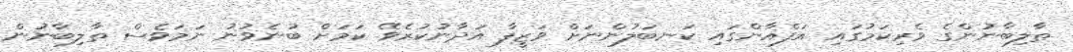
ތާލިބާނުންގެ ވެރިކަމުގައި އަފްޣާންގައި ކަނބަލުންނަށް ވަޒީފާ އަދާނުކުރެވޭ ކަމަށް ބުނެވުނު ނަމަވެސް ތާލިބާނުން